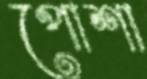
পোশা